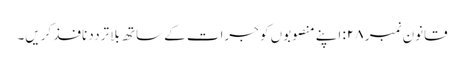
قانون نمبر ۲۸: اپنے منصوبوں کو جرات کے ساتھ بلا ترددنافذ کریں۔